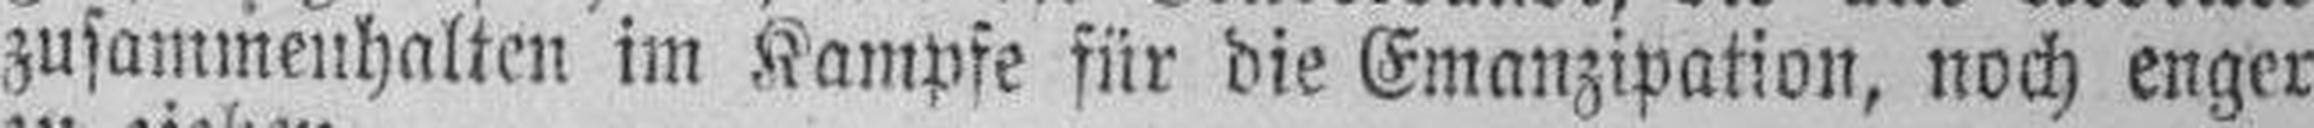
zusammenhalten im Kampfe für die Emanzipation, noch enger